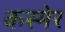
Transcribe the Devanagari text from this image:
कस्मेर